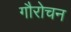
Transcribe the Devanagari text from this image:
गौरोचन